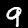
Label: 9